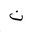
Letter: _non